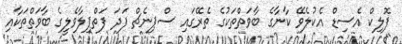
ފޮލިކް އެސިޑް އެކުލެވޭ ކާނާގެ ބާވަތްތަކުގެ ތެރޭގައި ސްޕިނެޗް ފަދަ ފަތްޕިލާވެލީގެ ބާވަތްތަކާއި